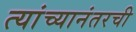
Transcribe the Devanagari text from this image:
त्यांच्यानंतरची